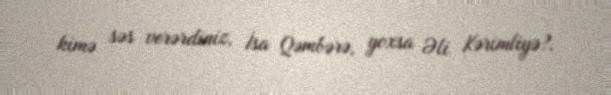
kimə səs verərdiniz, İsa Qəmbərə, yoxsa Əli Kərimliyə?.